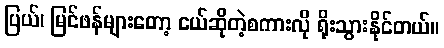
ပြယ်၊ မြင်ဖန်များတော့ ငယ်ဆိုတဲ့စကားလို ရိုးသွားနိုင်တယ်။